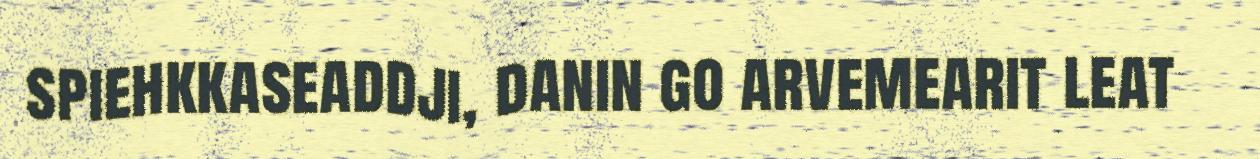
spiehkkaseaddji, danin go arvemearit leat